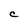
Character: C